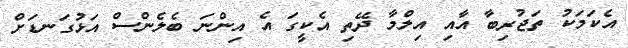
އެކަމަކު ތަޖުރިބާ އާއި އިލްމާ ދޭތި އެކީގަ އެ އިންނަ ބެލެންސް އަޅުގަނޑަށް